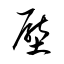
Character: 壓